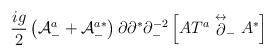
LaTeX: \begin{align*}\frac{ig}{2} \left( {\cal A}^a_- + {\cal A}^{a*}_-\right)\partial\partial^* \partial^{-2}_-\left[AT^a\stackrel{\leftrightarrow}{\partial}_- A^* \right]\end{align*}